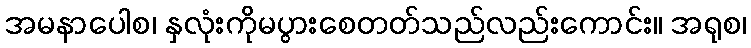
အမနာပေါစ၊ နှလုံးကိုမပွားစေတတ်သည်လည်းကောင်း။ အရုစ၊